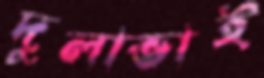
দুলাভাই